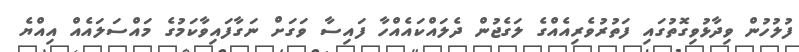
ފުލުހުން ވިދާޅުވިގޮތުގައި ފަތުރުވެރިއެއްގެ ލަގެޖުން ދެލައްކައެއްހާ ފައިސާ ވަގަށް ނަގާފައިވާކަމުގެ މައްސަލައެއް އިއްޔެ